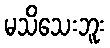
မသိသေးဘူး